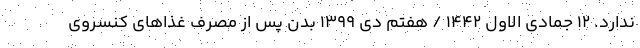
ندارد. ۱۲ جمادی الاول ۱۴۴۲ / هفتم دی ۱۳۹۹ بدن پس از مصرف غذاهای کنسروی